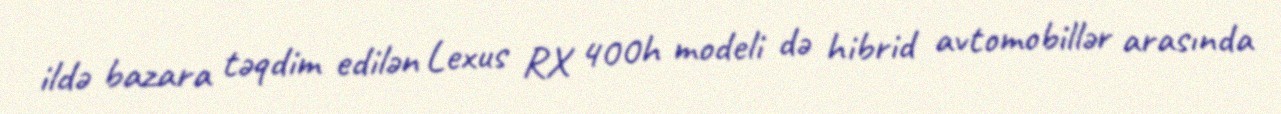
ildə bazara təqdim edilən Lexus RX 400h modeli də hibrid avtomobillər arasında